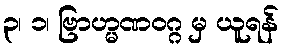
၃၊ ၁၊ ဗြာဟ္မဏဝဂ္ဂ မှ ယူရန်